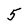
Character: 5